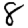
Digit: 8